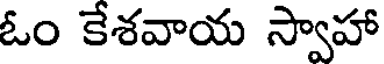
ఓం కేశవాయ స్వాహా